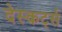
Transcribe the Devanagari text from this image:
देस्कर्ट्स